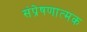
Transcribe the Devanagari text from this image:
संप्रेषणात्मक